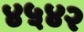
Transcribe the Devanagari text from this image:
४५४२